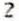
2